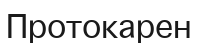
Протокарен